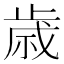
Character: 歳